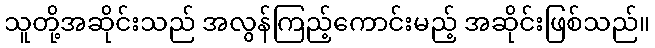
သူတို့အဆိုင်းသည် အလွန်ကြည့်ကောင်းမည့် အဆိုင်းဖြစ်သည်။